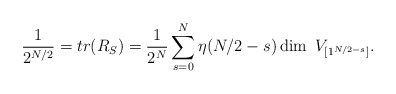
\begin{align*}\frac{1}{2^{N/2}}=tr(R_S)=\frac{1}{2^{N}}\sum_{s=0}^N \eta(N/2-s)\dim\ V_{[1^{N/2-s}]}.\end{align*}